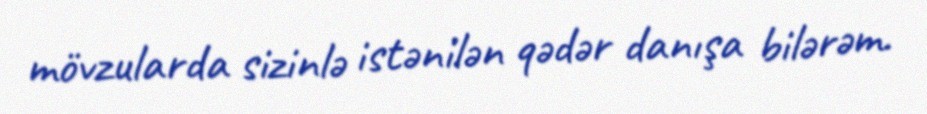
mövzularda sizinlə istənilən qədər danışa bilərəm.